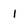
Character: I